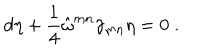
d \eta + \frac { 1 } { 4 } \hat { \omega } ^ { m n } \gamma _ { m n } \eta = 0 \; .